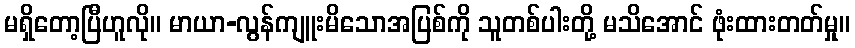
မရှိတော့ပြီဟူလို။ မာယာ-လွန်ကျူးမိသောအပြစ်ကို သူတစ်ပါးတို့ မသိအောင် ဖုံးထားတတ်မှု။